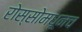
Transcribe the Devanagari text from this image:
रोस्सोमधूनच